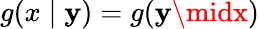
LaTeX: g(x\mid\mathbf{y})=g(\mathbf{y}\midx)